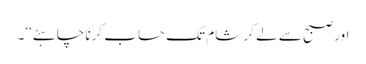
اور صبح سے لے کر شام تک حساب کرنا چاہئے‘‘۔